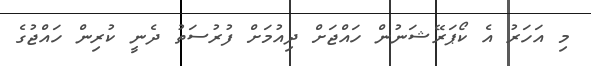
މި އަހަރު އެ ކޯޕަރޭޝަނުން ހައްޖަށް ދިއުމަށް ފުރުސަތު ދެނީ ކުރިން ހައްޖުގެ